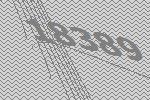
18389